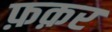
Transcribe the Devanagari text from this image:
फ़क़र